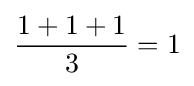
{\frac {1+1+1}{3}}=1